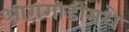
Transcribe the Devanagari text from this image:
आगगाडीमधे